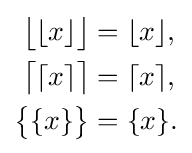
{\begin{aligned}{\big \lfloor }\lfloor x\rfloor {\big \rfloor }&=\lfloor x\rfloor ,\\{\big \lceil }\lceil x\rceil {\big \rceil }&=\lceil x\rceil ,\\{\big \{}\{x\}{\big \}}&=\{x\}.\end{aligned}}